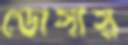
ডোসায়